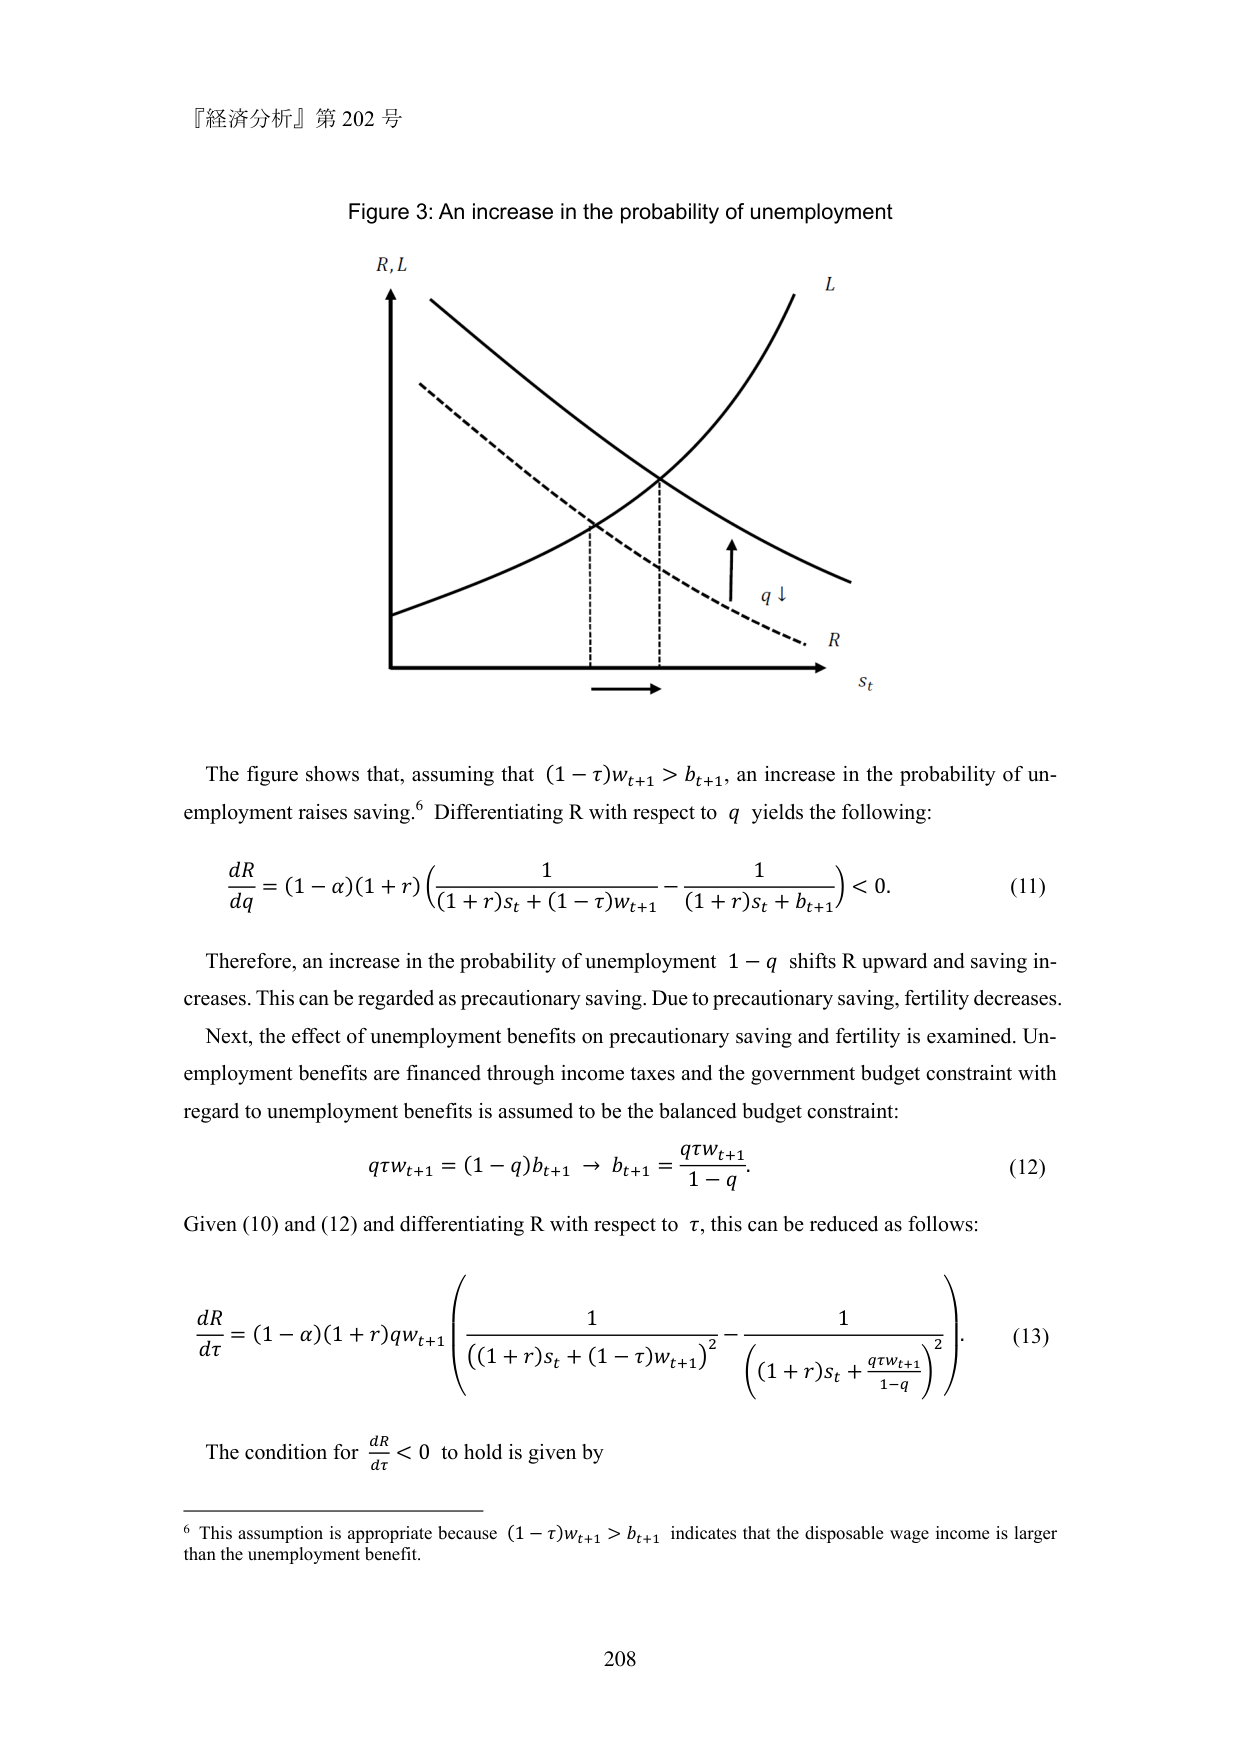
『経済分析』第 202 号

Figure 3: An increase in the probability of unemployment

R, L
L
q ↓
R
s_t

The figure shows that, assuming that (1−τ)w_{t+1} > b_{t+1}, an increase in the probability of unemployment raises saving.⁶ Differentiating R with respect to q yields the following:

dR/dq = (1−α)(1+r) [ 1/((1+r)s_t + (1−τ)w_{t+1}) − 1/((1+r)s_t + b_{t+1}) ] < 0.  (11)

Therefore, an increase in the probability of unemployment 1−q shifts R upward and saving increases. This can be regarded as precautionary saving. Due to precautionary saving, fertility decreases.

Next, the effect of unemployment benefits on precautionary saving and fertility is examined. Unemployment benefits are financed through income taxes and the government budget constraint with regard to unemployment benefits is assumed to be the balanced budget constraint:

qτw_{t+1} = (1−q)b_{t+1} → b_{t+1} = (qτw_{t+1})/(1−q).  (12)

Given (10) and (12) and differentiating R with respect to τ, this can be reduced as follows:

dR/dτ = (1−α)(1+r)q w_{t+1} [ 1/((1+r)s_t + (1−τ)w_{t+1})² − 1/((1+r)s_t + (qτw_{t+1})/(1−q))² ].  (13)

The condition for dR/dτ < 0 to hold is given by

⁶ This assumption is appropriate because (1−τ)w_{t+1} > b_{t+1} indicates that the disposable wage income is larger than the unemployment benefit.

208